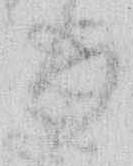
る